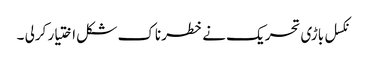
نکسل باڑی تحریک نے خطرناک شکل اختیار کرلی ۔